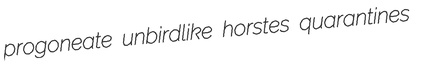
progoneate unbirdlike horstes quarantines